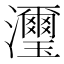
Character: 𤄽